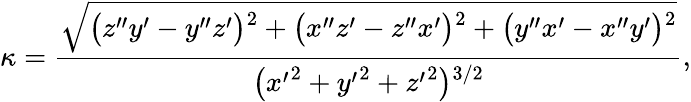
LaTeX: \kappa={\frac{\sqrt{{\bigl(}z^{\prime\prime}y^{\prime}-y^{\prime\prime}z^{\prime}{\bigr)}{\vphantom{'}}^{2}+{\bigl(}x^{\prime\prime}z^{\prime}-z^{\prime\prime}x^{\prime}{\bigr)}{\vphantom{'}}^{2}+{\bigl(}y^{\prime\prime}x^{\prime}-x^{\prime\prime}y^{\prime}{\bigr)}{\vphantom{'}}^{2}}}{{\bigl(}{x^{\prime}}^{2}+{y^{\prime}}^{2}+{z^{\prime}}^{2}{\bigr)}{\vphantom{'}}^{3/2}}},